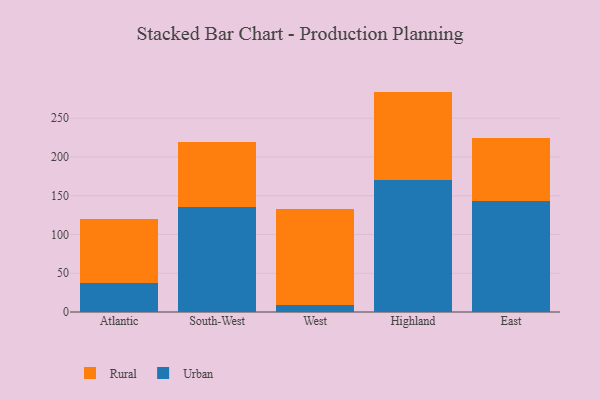
{"axis": {"x": "Region", "y": "Shipments"}, "legend": ["Rural", "Urban"], "data": [{"x": "Atlantic", "y": 37.0, "type": "Urban"}, {"x": "Atlantic", "y": 82.5, "type": "Rural"}, {"x": "South-West", "y": 135.1, "type": "Urban"}, {"x": "South-West", "y": 83.8, "type": "Rural"}, {"x": "West", "y": 8.6, "type": "Urban"}, {"x": "West", "y": 123.9, "type": "Rural"}, {"x": "Highland", "y": 169.8, "type": "Urban"}, {"x": "Highland", "y": 114.6, "type": "Rural"}, {"x": "East", "y": 143.5, "type": "Urban"}, {"x": "East", "y": 80.8, "type": "Rural"}]}